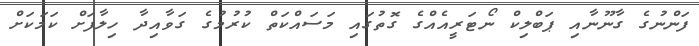
ފަންނުގެ ގާނޫނާއި ޕަބްލިކް ނޯޓަރީއެއްގެ ގޮތުގައި މަސައްކަތް ކުރުމުގެ ގަވާއިދާ ހިލާފަށް ކަމަކަށް